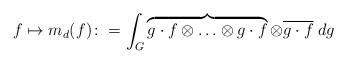
LaTeX: \begin{align*} f \mapsto m_d(f) \colon = \int_G \overbrace{g\cdot f \otimes \ldots \otimes g\cdot f}^{} \otimes \overline{g\cdot f}\;dg\end{align*}